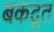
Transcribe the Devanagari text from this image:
बकदूत